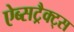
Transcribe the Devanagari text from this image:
ऐब्सट्रैक्ट्स